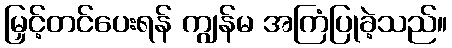
မြှင့်တင်ပေးရန် ကျွန်မ အကြံပြုခဲ့သည်။